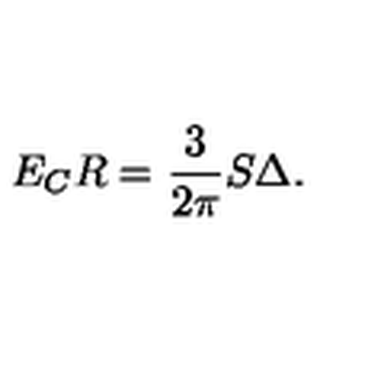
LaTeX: E _ { C } R = \frac { 3 } { 2 \pi } S \Delta .